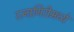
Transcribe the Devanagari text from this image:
रत्नागिरीमध्ये